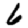
Digit: 6